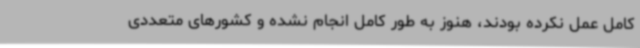
کامل عمل نکرده بودند، هنوز به طور کامل انجام نشده و کشورهای متعددی